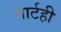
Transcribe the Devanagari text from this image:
पार्टही